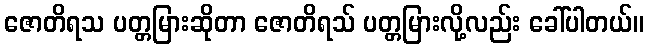
ဇောတိရသ ပတ္တမြားဆိုတာ ဇောတိရသ် ပတ္တမြားလို့လည်း ခေါ်ပါတယ်။